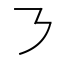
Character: ㇋